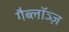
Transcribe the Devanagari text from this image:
गैब्लॉञ्ज़